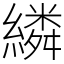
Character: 繗